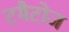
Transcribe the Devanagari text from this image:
टमैटोज